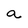
Character: a